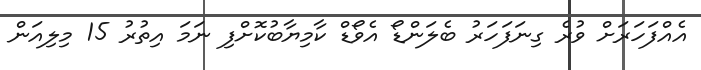
އެއްފަހަރަށް ވުރެ ގިނަފަހަރު ބެލަންޑޯ އެވޯޑް ކާމިޔާބުކޮށްފި ނަމަ އިތުރު 15 މިލިއަން